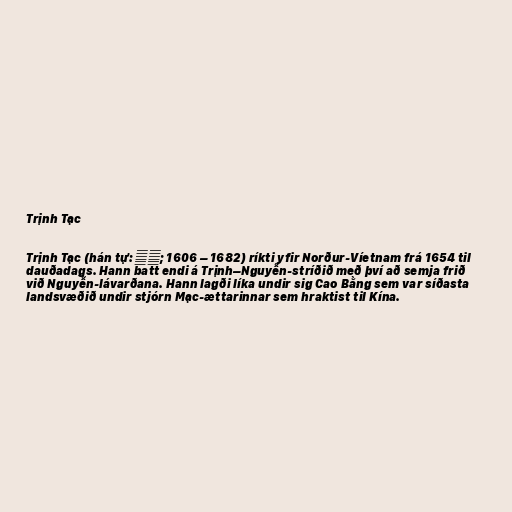
Trịnh Tạc

Trịnh Tạc (hán tự: 鄭柞; 1606 – 1682) ríkti yfir Norður-Víetnam frá 1654 til
dauðadags. Hann batt endi á Trịnh–Nguyễn-stríðið með því að semja frið
við Nguyễn-lávarðana. Hann lagði líka undir sig Cao Bằng sem var síðasta
landsvæðið undir stjórn Mạc-ættarinnar sem hraktist til Kína.